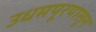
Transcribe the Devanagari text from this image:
उधमपूरपासून